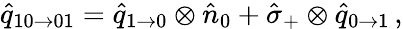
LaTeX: \hat{q}_{10\to 01}=\hat{q}_{1\to 0}\otimes\hat{n}_{0}+\hat{\sigma}_{+}\otimes\hat{q}_{0\to 1}\, ,